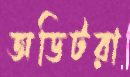
অডিটরা